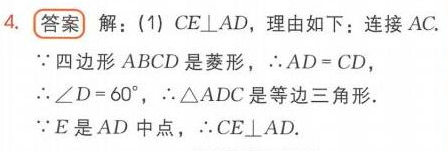
\(
\begin{align*}
& \text{答案 解：(1) }CE\perp AD\text{，理由如下：连接 }AC.\\
& \because\text{四边形 }ABCD\text{ 是菱形，}\therefore AD = CD，\\
& \because\angle D = 60^{\circ}，\therefore\triangle ADC\text{ 是等边三角形}.\\
& \because E\text{ 是 }AD\text{ 中点，}\therefore CE\perp AD.
\end{align*}
\)